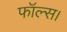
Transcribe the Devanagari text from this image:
फॉल्स।